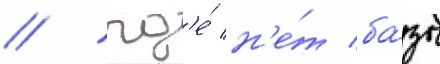
/ гд'е́ н'е́т ба́зы